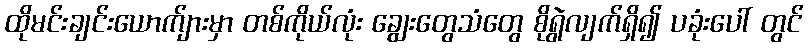
ထိုမင်းချင်းယောက်ျားမှာ တစ်ကိုယ်လုံး ချွေးတွေသံတွေ စိုရွဲလျက်ရှိ၍ ပခုံးပေါ် တွင်